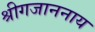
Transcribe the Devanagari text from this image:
श्रीगजाननाय